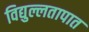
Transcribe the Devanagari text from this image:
विद्युल्लतापात